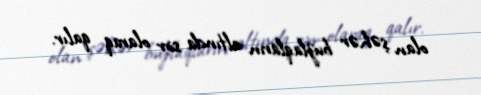
olan şəhər buzlaqların altında sirr olaraq qalır.